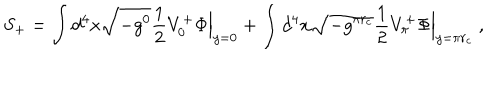
LaTeX: S _ { + } = \int d ^ { 4 } x \sqrt { - g ^ { 0 } } \frac { 1 } { 2 } V _ { 0 } ^ { + } \Phi \Bigr | _ { y = 0 } + \int d ^ { 4 } x \sqrt { - g ^ { \pi r _ { c } } } \frac { 1 } { 2 } V _ { \pi } ^ { + } \Phi \Bigr | _ { y = \pi r _ { c } } \ ,